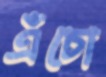
এঁচো